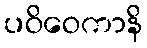
ပဝိဝေကာနိ